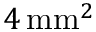
4 \, \mathrm { m m } ^ { 2 }